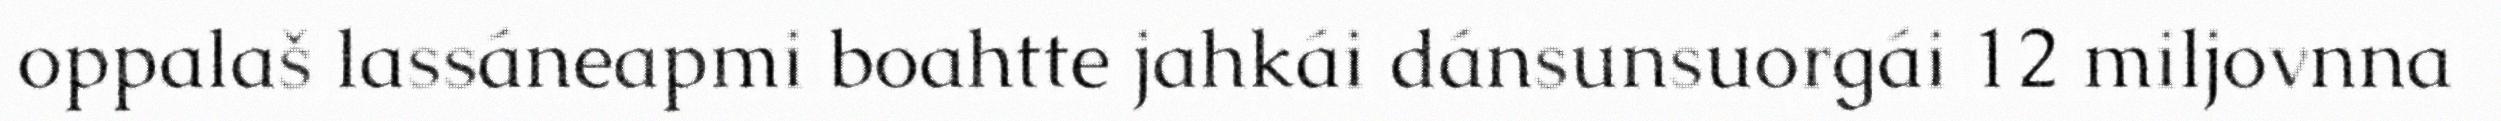
oppalaš lassáneapmi boahtte jahkái dánsunsuorgái 12 miljovnna